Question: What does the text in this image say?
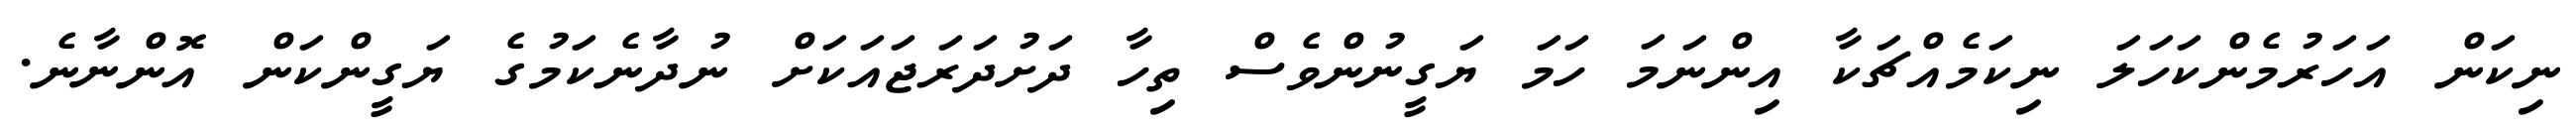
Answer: ނިކަން އަހަރުމެންކަހަލަ ނިކަމެއްޗަކާ އިންނަމަ ހަމަ ޔަގީނުންވެސް ތިހާ ދަށުދަރަޖައަކަށް ނުދާނެކަމުގެ ޔަގީންކަން އޮންނާނެ.